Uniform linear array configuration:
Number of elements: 8
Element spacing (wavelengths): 0.75
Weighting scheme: hann
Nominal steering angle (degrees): -15
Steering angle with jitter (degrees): -15.319
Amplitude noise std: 0.05
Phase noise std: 0.05

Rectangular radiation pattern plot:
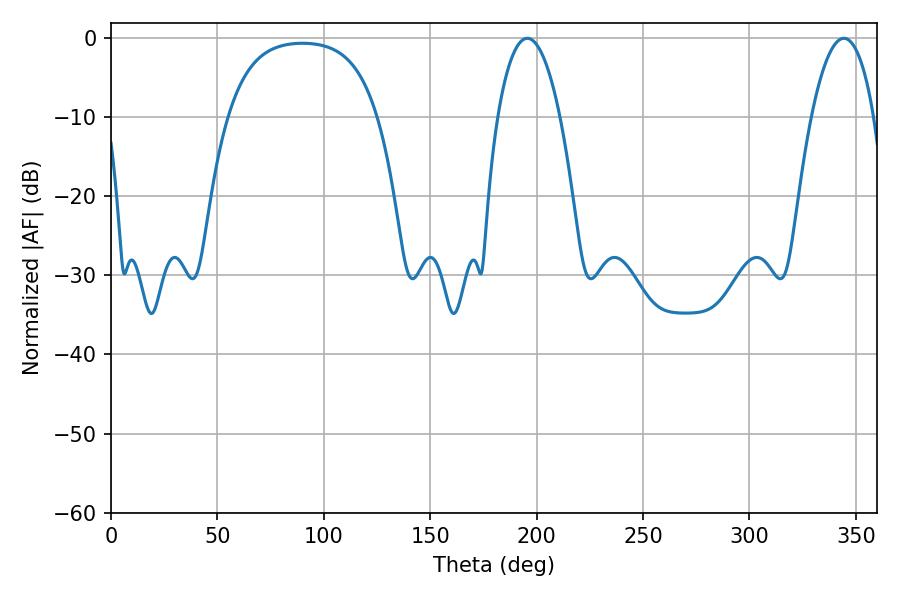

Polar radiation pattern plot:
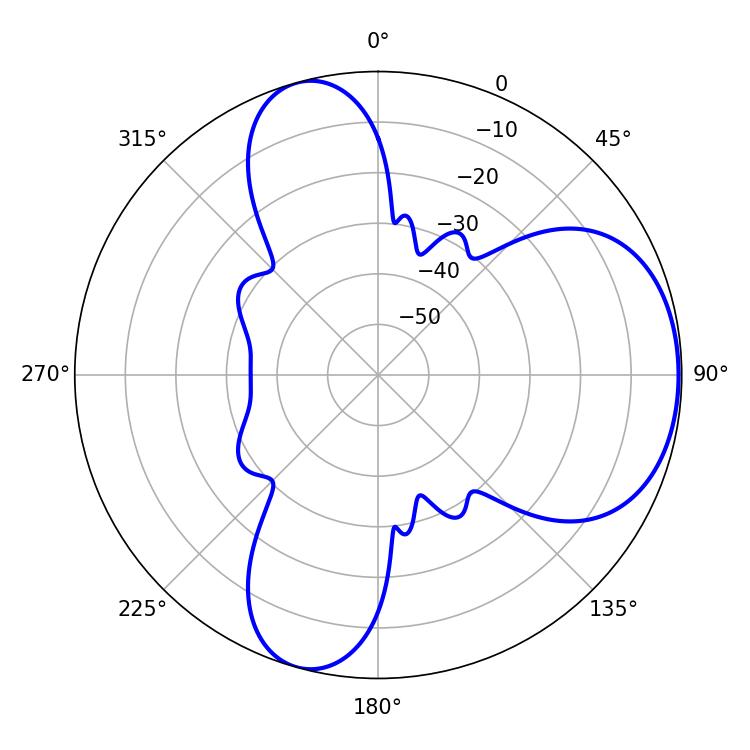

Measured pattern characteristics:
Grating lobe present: TRUE
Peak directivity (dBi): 5.792
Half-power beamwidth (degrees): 16.2
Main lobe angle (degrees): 195.66